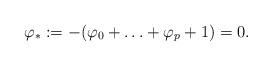
LaTeX: \begin{align*} \varphi_{*}:=-(\varphi_0+\ldots+\varphi_p+1)=0.\end{align*}